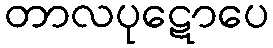
တာလပုဋောပေ